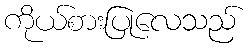
ကိုယ်စားပြုလေသည်